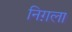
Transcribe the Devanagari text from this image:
निग़ला